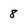
Character: 8